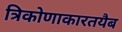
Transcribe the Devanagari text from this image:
त्रिकोणाकारतयैब